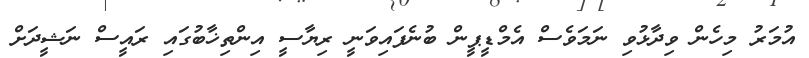
އުމަރު މިހެން ވިދާޅުވި ނަމަވެސް އެމްޑީޕީން ބުނެފައިވަނީ ރިޔާސީ އިންތިޚާބުގައި ރައީސް ނަޝީދަށް